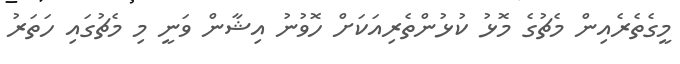
މީގެތެރެއިން މެޗުގެ މޮޅު ކުޅުންތެރިއަކަށް ހޮވުނު އިޝާން ވަނީ މި މެޗުގައި ހަތަރު